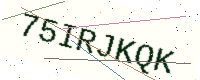
Text: 75IRJKQK